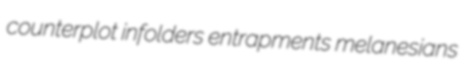
counterplot infolders entrapments melanesians